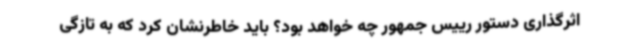
اثرگذاری دستور رییس جمهور چه خواهد بود؟ باید خاطرنشان کرد که به تازگی